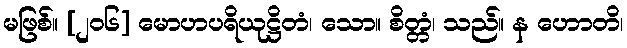
မဖြစ်။ [၂၀၆] မောဟပရိယုဋ္ဌိတံ၊ သော။ စိတ္တံ၊ သည်။ န ဟောတိ၊